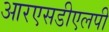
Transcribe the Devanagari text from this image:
आरएसडीएलपी